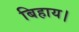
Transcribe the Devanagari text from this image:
बिहाय।